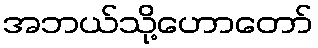
အဘယ်သို့ဟောတော်